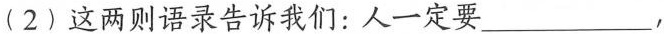
(2)这两则语录告诉我们:人一定要___，